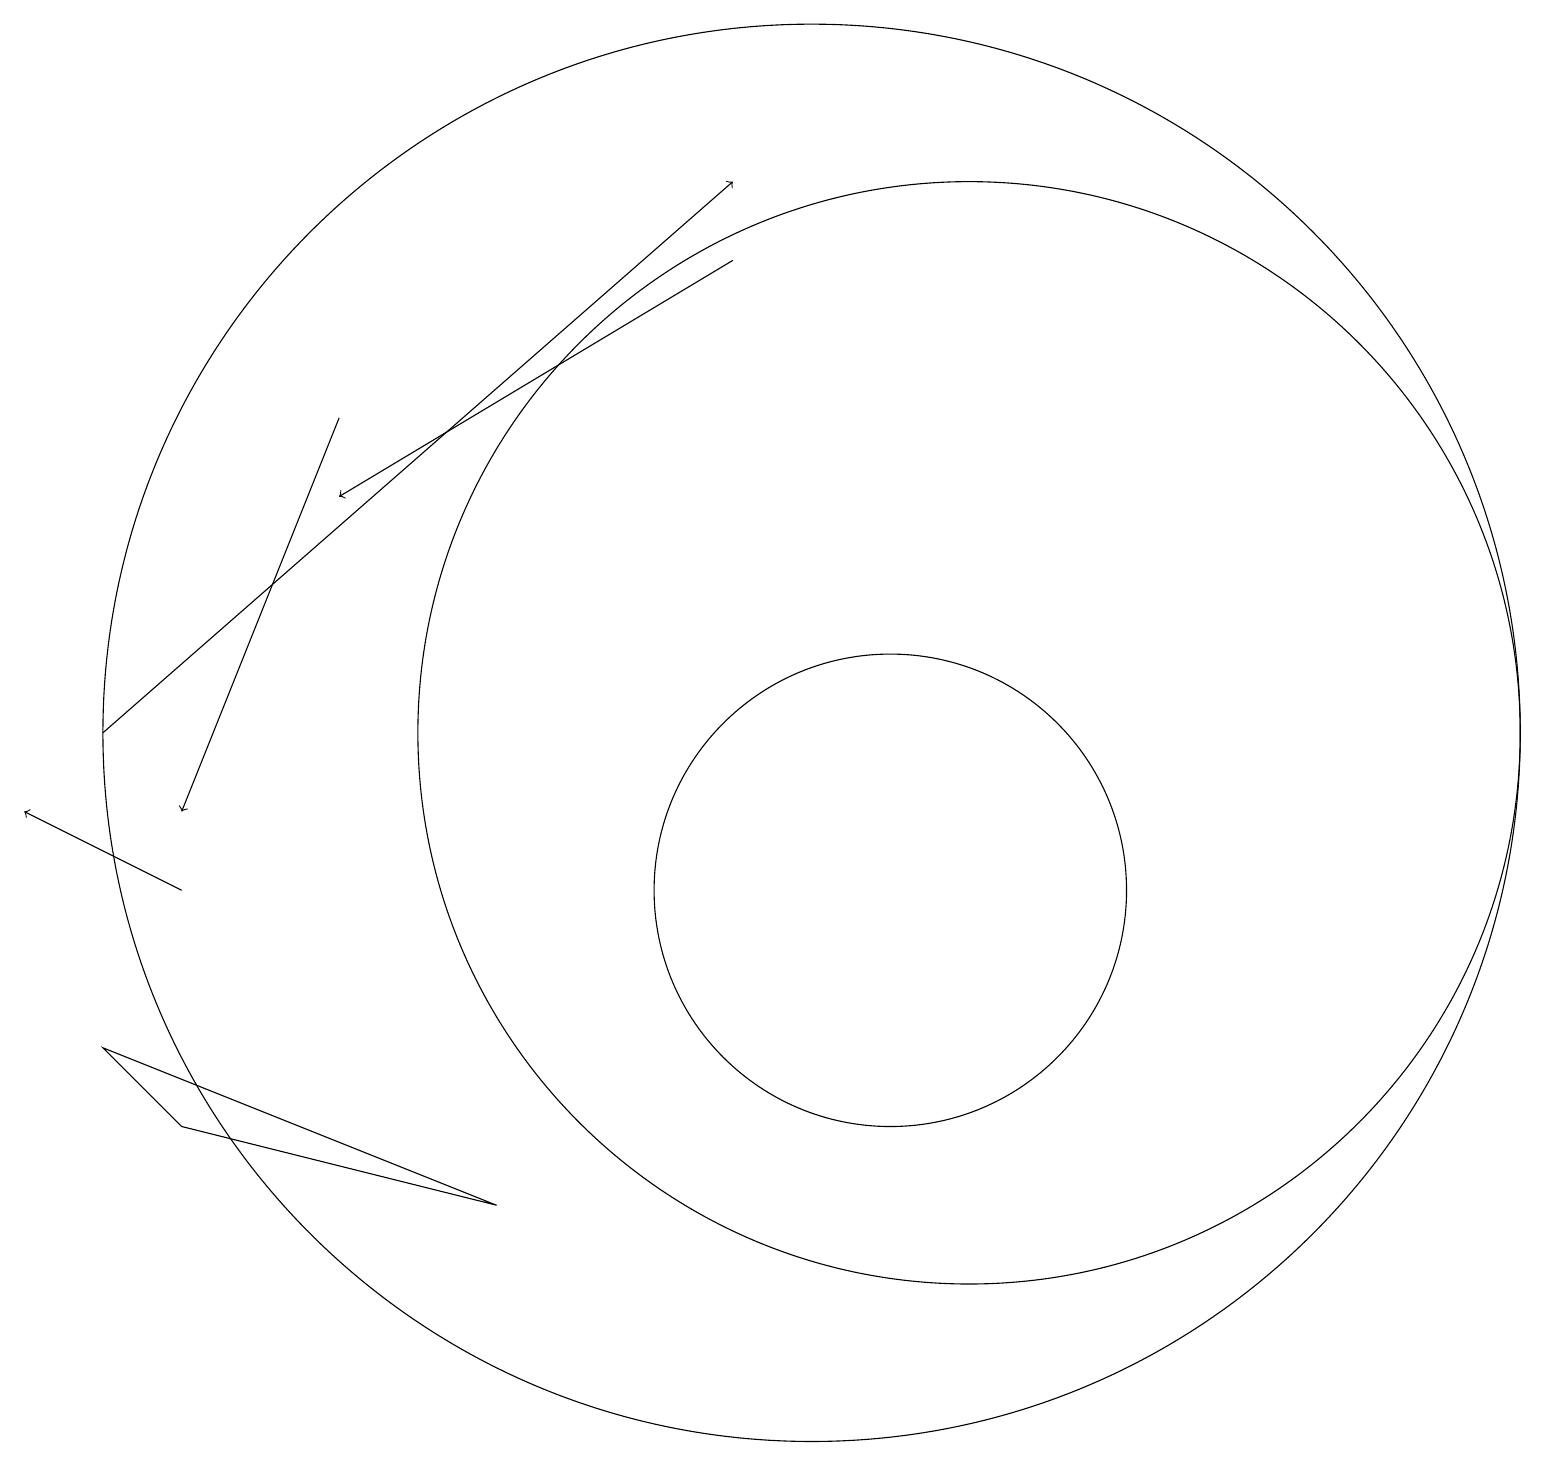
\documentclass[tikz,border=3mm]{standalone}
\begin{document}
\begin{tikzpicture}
\draw (12,12) circle (7);
\draw (11,10) circle (3);
\draw[->] (4,16) -- (2,11);
\draw[->] (1,12) -- (9,19);
\draw[->] (2,10) -- (0,11);
\draw[->] (9,18) -- (4,15);
\draw (10,12) circle (9);
\draw (6,6) -- (2,7) -- (1,8) -- cycle;
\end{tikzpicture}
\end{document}